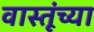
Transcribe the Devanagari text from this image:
वास्तूंच्या